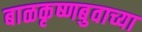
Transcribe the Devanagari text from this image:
बाळकृष्णबुवाच्या